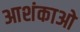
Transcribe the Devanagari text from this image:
आशंकाओ